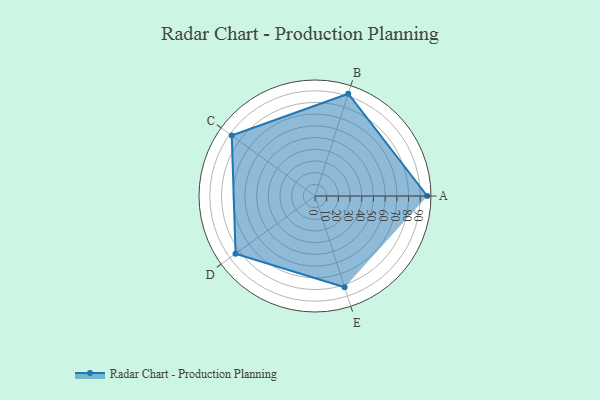
{"axis": {"x": "Skill", "y": "Score"}, "legend": ["Profile"], "data": [{"x": "A", "y": 96.0, "type": "Profile"}, {"x": "B", "y": 92.0, "type": "Profile"}, {"x": "C", "y": 88.0, "type": "Profile"}, {"x": "D", "y": 84.0, "type": "Profile"}, {"x": "E", "y": 82.0, "type": "Profile"}]}